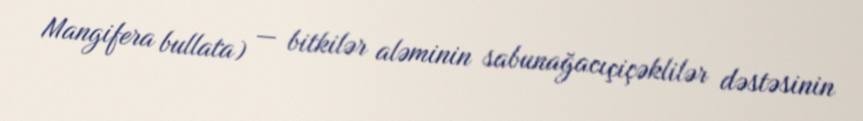
Mangifera bullata) — bitkilər aləminin sabunağacıçiçəklilər dəstəsinin